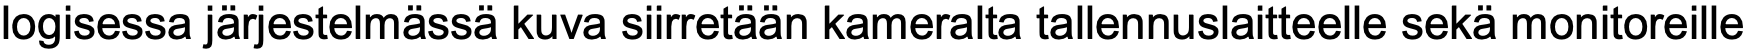
logisessa järjestelmässä kuva siirretään kameralta tallennuslaitteelle sekä monitoreille